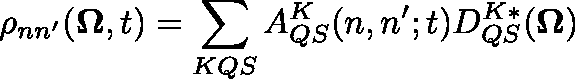
\rho _ { n n ^ { \prime } } ( \mathbf { \Omega } , t ) = \sum _ { K Q S } A _ { Q S } ^ { K } ( n , n ^ { \prime } ; t ) D _ { Q S } ^ { K * } ( \mathbf { \Omega } )